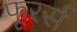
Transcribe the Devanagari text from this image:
फूरर्स